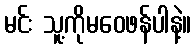
မင်း သူ့ကိုမဝေဖန်ပါနဲ့။